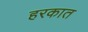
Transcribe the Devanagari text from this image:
हरकात